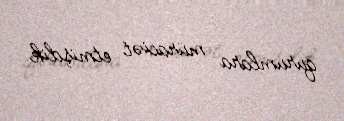
qurumlara müraciət etmişdik.